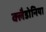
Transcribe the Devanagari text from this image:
क्लैडोनिया